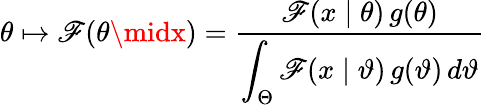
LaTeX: \theta\mapsto\mathscr{F}(\theta\midx)={\frac{{\mathscr{F}(x\mid\theta)\, g(\theta)}}{{\displaystyle\int_{\Theta}\mathscr{F}(x\mid\vartheta)\, g(\vartheta)\, d\vartheta}}}